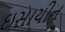
ઇસાયીન